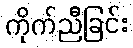
ကိုက်ညီခြင်း